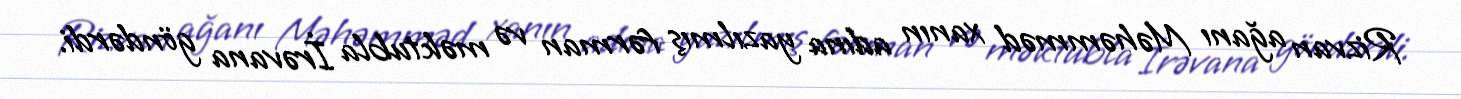
Rizvan ağanı Məhəmməd xanın adına yazılmış fərman və məktubla İrəvana göndərdi.